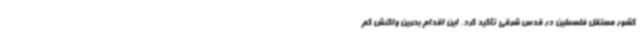
کشور مستقل فلسطین در قدس شرقی تأکید کرد. این اقدام بحرین واکنش کم